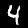
Label: 4